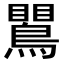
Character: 𪄙